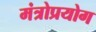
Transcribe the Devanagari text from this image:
मंत्रोप्रयोग